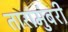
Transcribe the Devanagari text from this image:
तारांमुंबरी